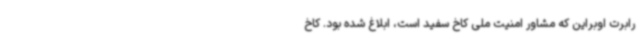
رابرت اوبراین که مشاور امنیت ملی کاخ سفید است، ابلاغ شده بود. کاخ